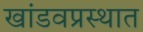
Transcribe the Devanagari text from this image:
खांडवप्रस्थात